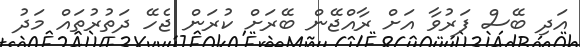
އަދި ބޭސް ފަރުވާ އަށް ރާއްޖޭން ބޭރަށް ކުރަން ޖެހޭ ދަތުރުތައް މަދު